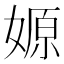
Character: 嫄